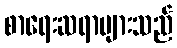
စာရေးဆရာများသည်